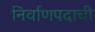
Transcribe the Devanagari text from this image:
निर्वाणपदाची